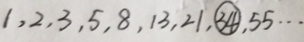
1 , 2 , 3 , 5 , 8 , 1 3 , 2 1 , \textcircled { 3 4 } , 5 5 \cdots